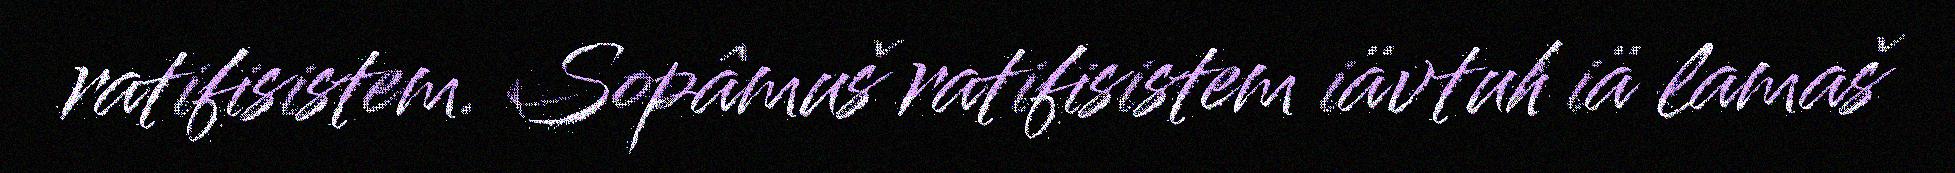
ratifisistem. Sopâmuš ratifisistem iävtuh iä lamaš